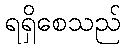
ရရှိစေသည်